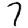
Digit: 7